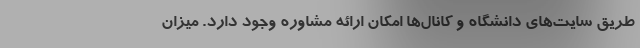
طریق سایت‌های دانشگاه و کانال‌ها امکان ارائه مشاوره وجود دارد. میزان